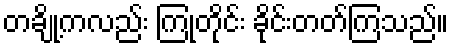
တချို့ကလည်း ကြုံတိုင်း ခိုင်းတတ်ကြသည်။